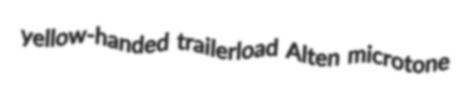
yellow-handed trailerload Alten microtone